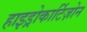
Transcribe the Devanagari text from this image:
हाइड्रोकार्टिज़ोन